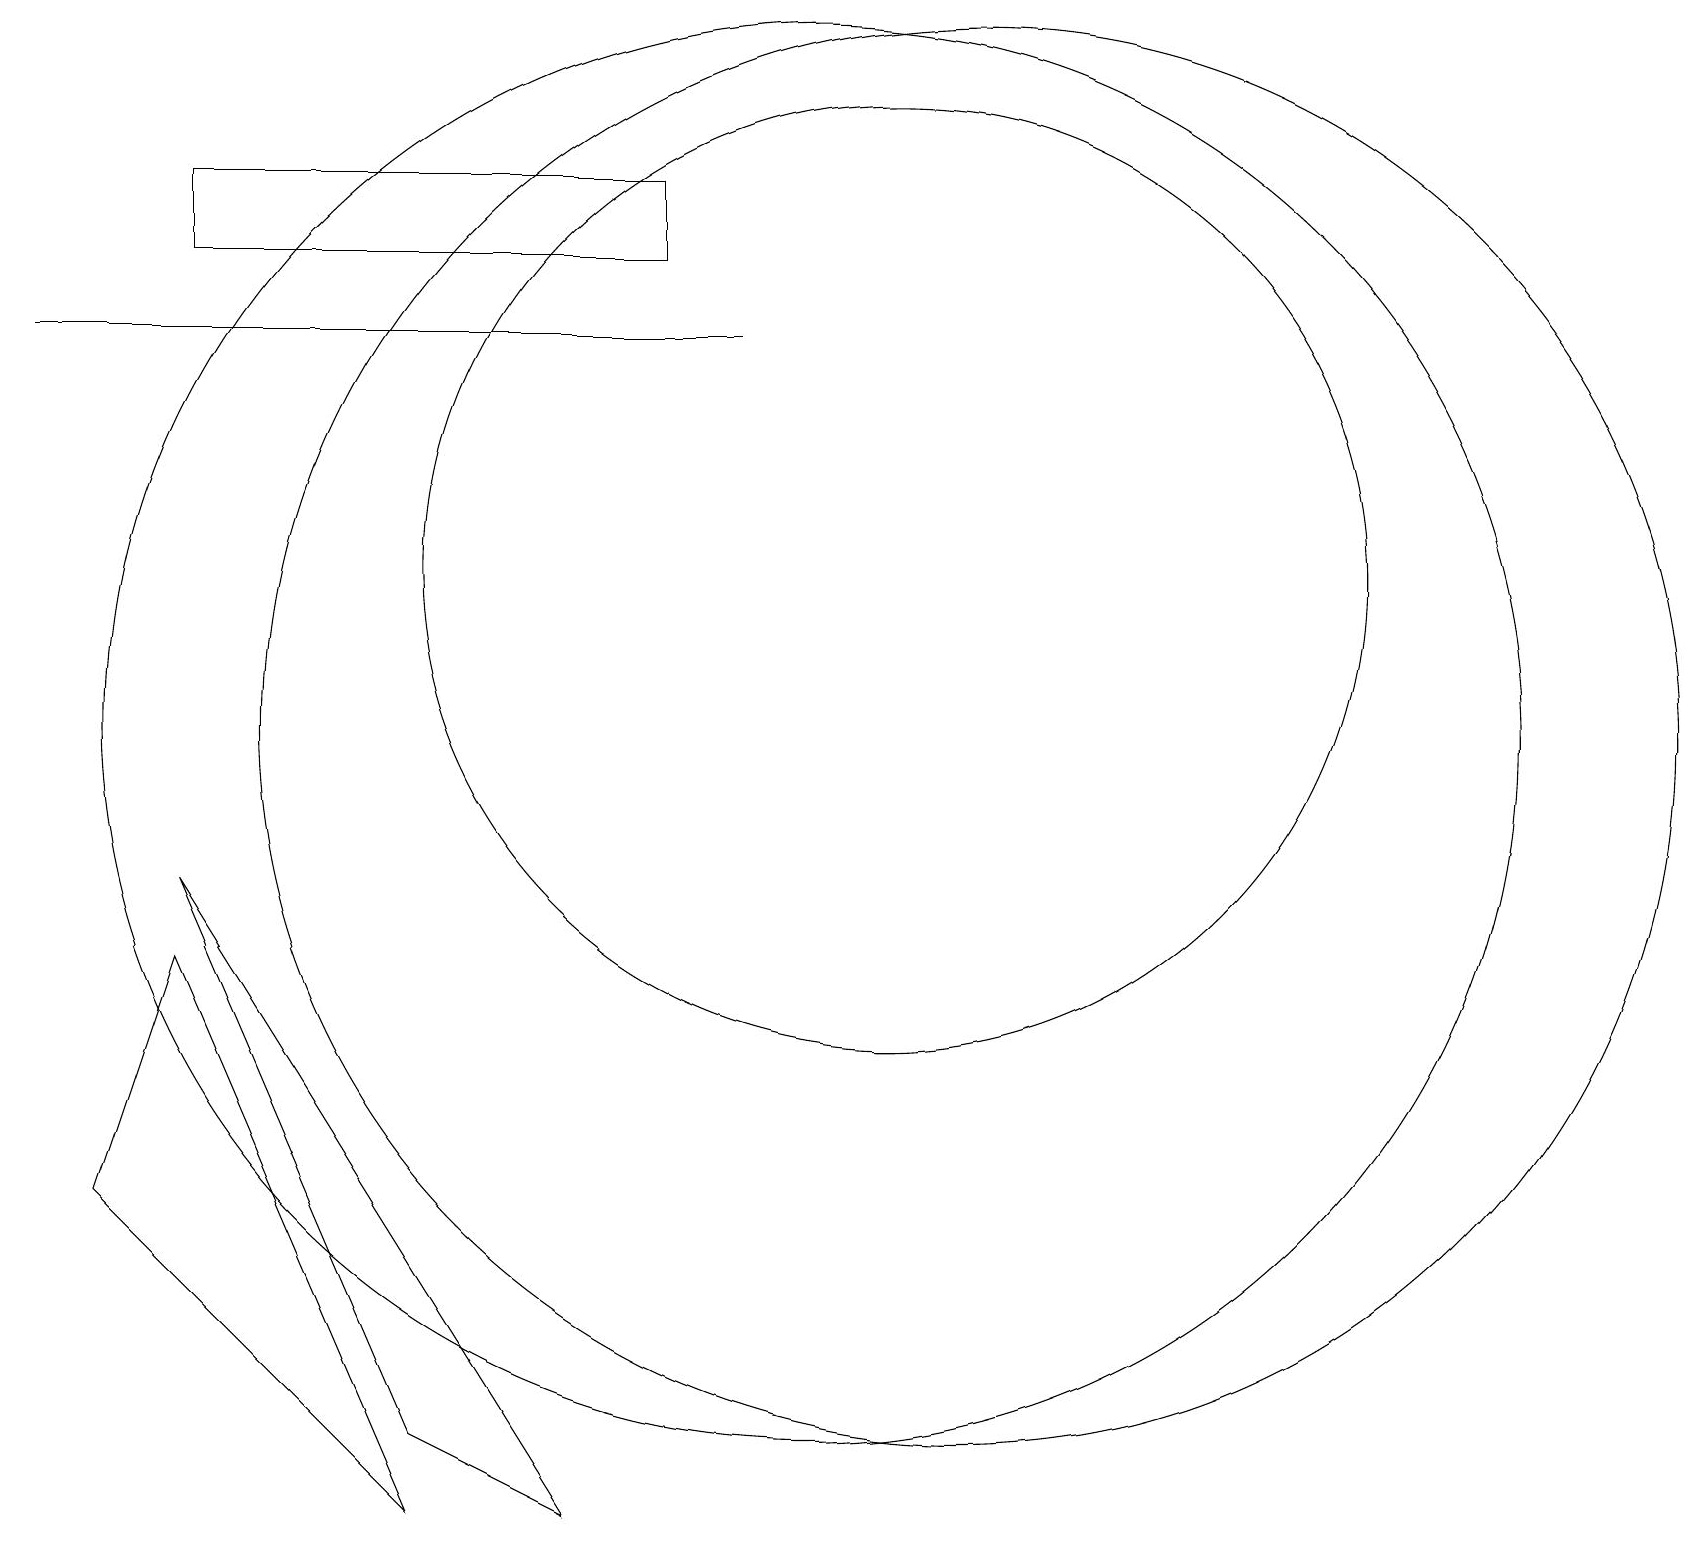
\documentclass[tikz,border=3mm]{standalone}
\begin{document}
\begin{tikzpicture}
\draw (2,17) rectangle (8,16);
\draw (10,10) circle (9);
\draw (5,1) -- (2,8) -- (7,0) -- cycle;
\draw (11,12) circle (6);
\draw (12,10) circle (9);
\draw (2,7) -- (1,4) -- (5,0) -- cycle;
\draw (9,15) rectangle (0,15);
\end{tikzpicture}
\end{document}